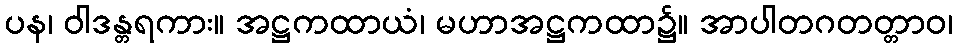
ပန၊ ဝါဒန္တရကား။ အဋ္ဌကထာယံ၊ မဟာအဋ္ဌကထာ၌။ အာပါတဂတတ္တာဝ၊